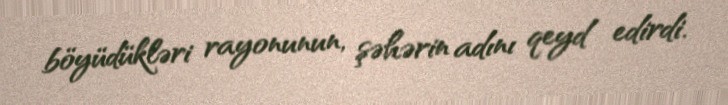
böyüdükləri rayonunun, şəhərin adını qeyd edirdi.